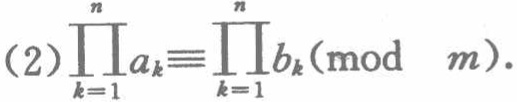
(2)$\prod_{k = 1}^{n}a_{k}\equiv\prod_{k = 1}^{n}b_{k}(\text{mod }m).$